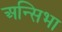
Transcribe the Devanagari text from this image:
अन्सिभा